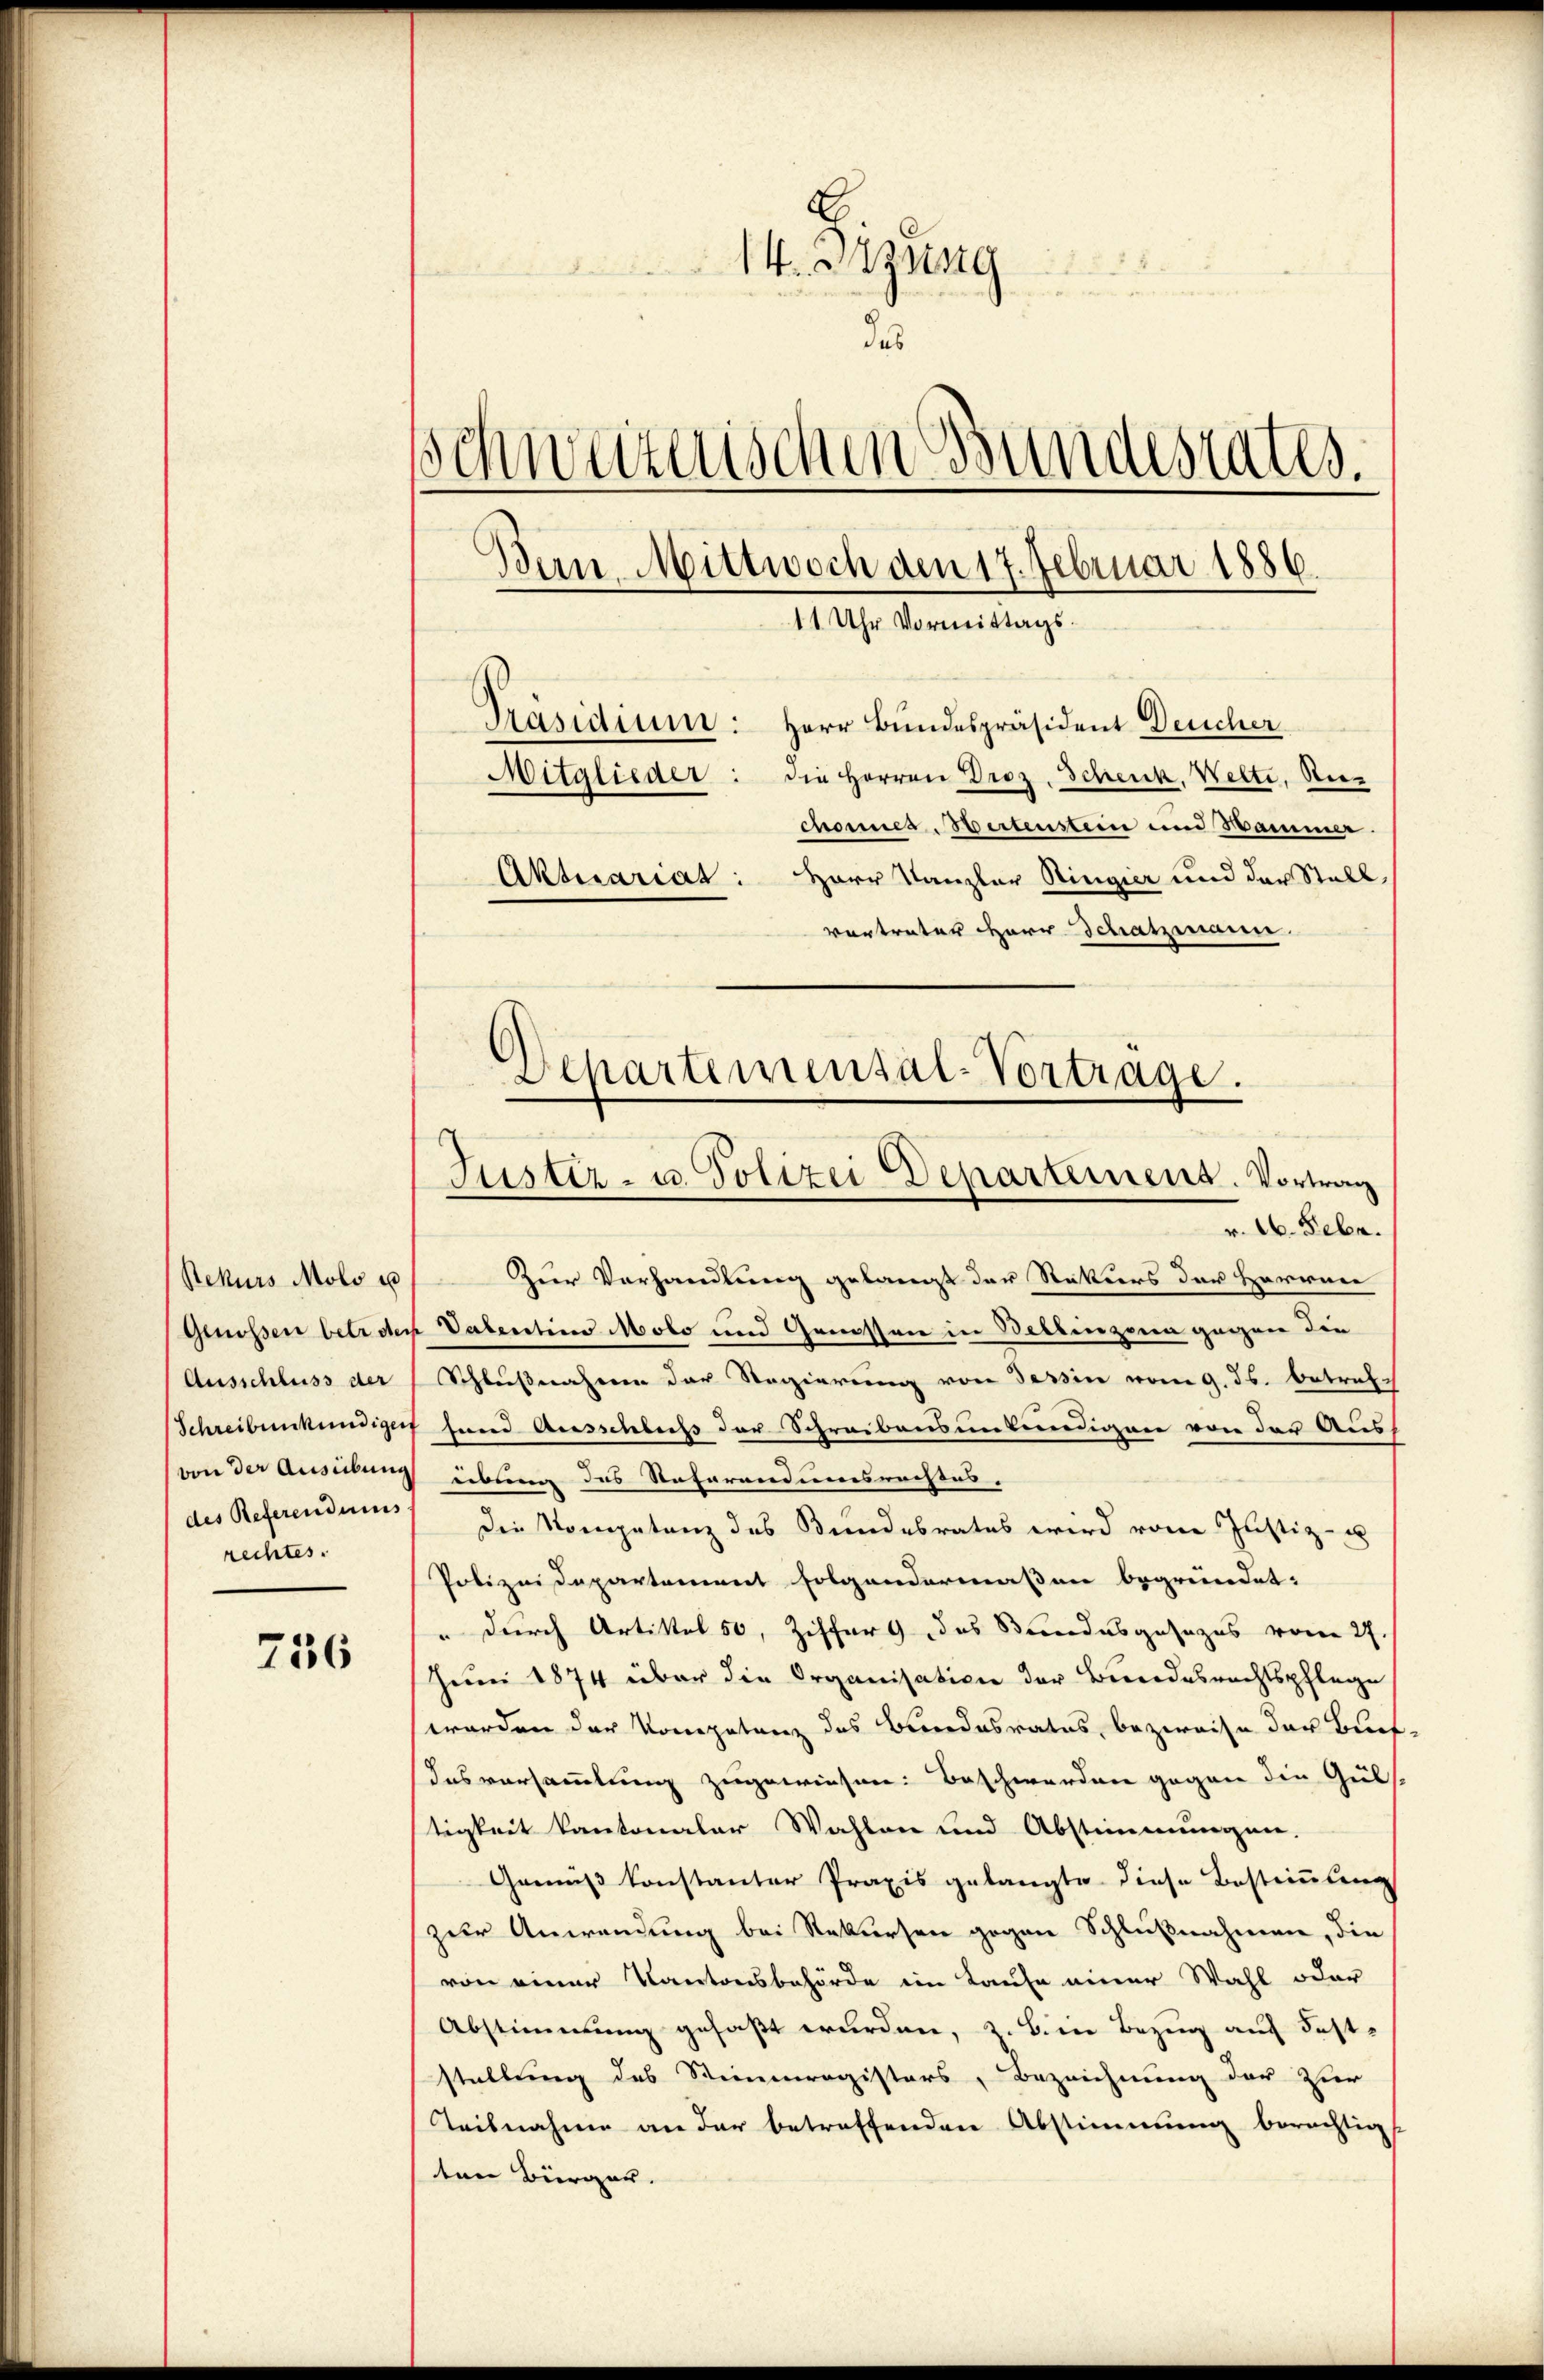
Rekurs Moli u
Genossen betr. der
Ausschluss der
Schreibunkundiger
von der Ausübung
des Referendums
rechtes.

736

28 § 88.
14. Btzung

d
schweizerischen Bundesrates.
Bern, Mittwoch den 17. Februar 1886.
11 Uhr Vormittags¬
Präsidium: Herr Bundespräsident Deucher
Mitglieder: die Herren Droz. Schenk. Welti, Bez
channes Bertenstein und Sammer
Aktuariat: Herr Kanzler Ringier und der Stall,
vertrater Herr Schatzmann

r. A. Febr.
Zur Vorhandlung gelangt der Rattiers der Hariner
 Valentin Molo und Genossen in Bellinzona gegnen die
Schlußnahmen der Regierung von Tessin vom 9. ds. betrefsund Ausschluß der Schreibensurkundigen von der Auseibung das Refarendumsreises.
Die Kompetenz des Bundesrates wird von Justiz- u
Polizei Departement folgendermassen begründet:
" durch Artikel 50, Ziffer das Bundesgesezes vom 27.
Juni 1874 über die Organisation der Bundesrechtspflege
worden der Kompetenz des Bundesrates, bezweife der Buch.
Insvorsammlung zugewiesen: Beschwerden gegen die Gül
tigkeit kantonaler Wahlen und Abstimmungen.
Gamus konstanter Praxis gelangte diese Bestimmung
zur Anwendung bei Rekursen gegen Schlußnahmen, die
von einer Kantonsbehörde im Kaufe einer Wahl oder
Abstimmung gefaßt wurden, z. B. in Bezug auf Fest-
stellung des Stimmregisters, Bezeichnung der zur
Teilnahme an der betreffenden Abstimmung berechtigt
ten Bürger.

Departemensal-Vortrage.
Justiz- u. Polizei Departemend. Vortrag